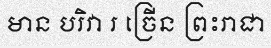
មាន បរិវា រ ច្រើន ព្រះរាជា